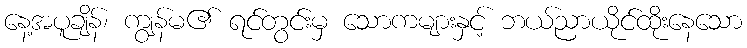
နေ့အပူချိန်၊ ကျွန်မ၏ ရင်တွင်းမှ သောကများနှင့် ဘယ်ညာယိုင်ထိုးနေသော